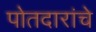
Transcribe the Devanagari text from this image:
पोतदारांचे